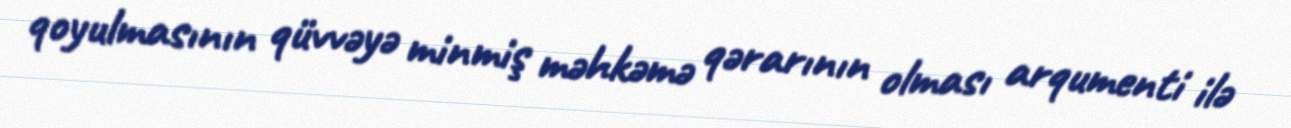
qoyulmasının qüvvəyə minmiş məhkəmə qərarının olması arqumenti ilə